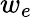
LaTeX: w_{e}